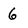
Character: 6